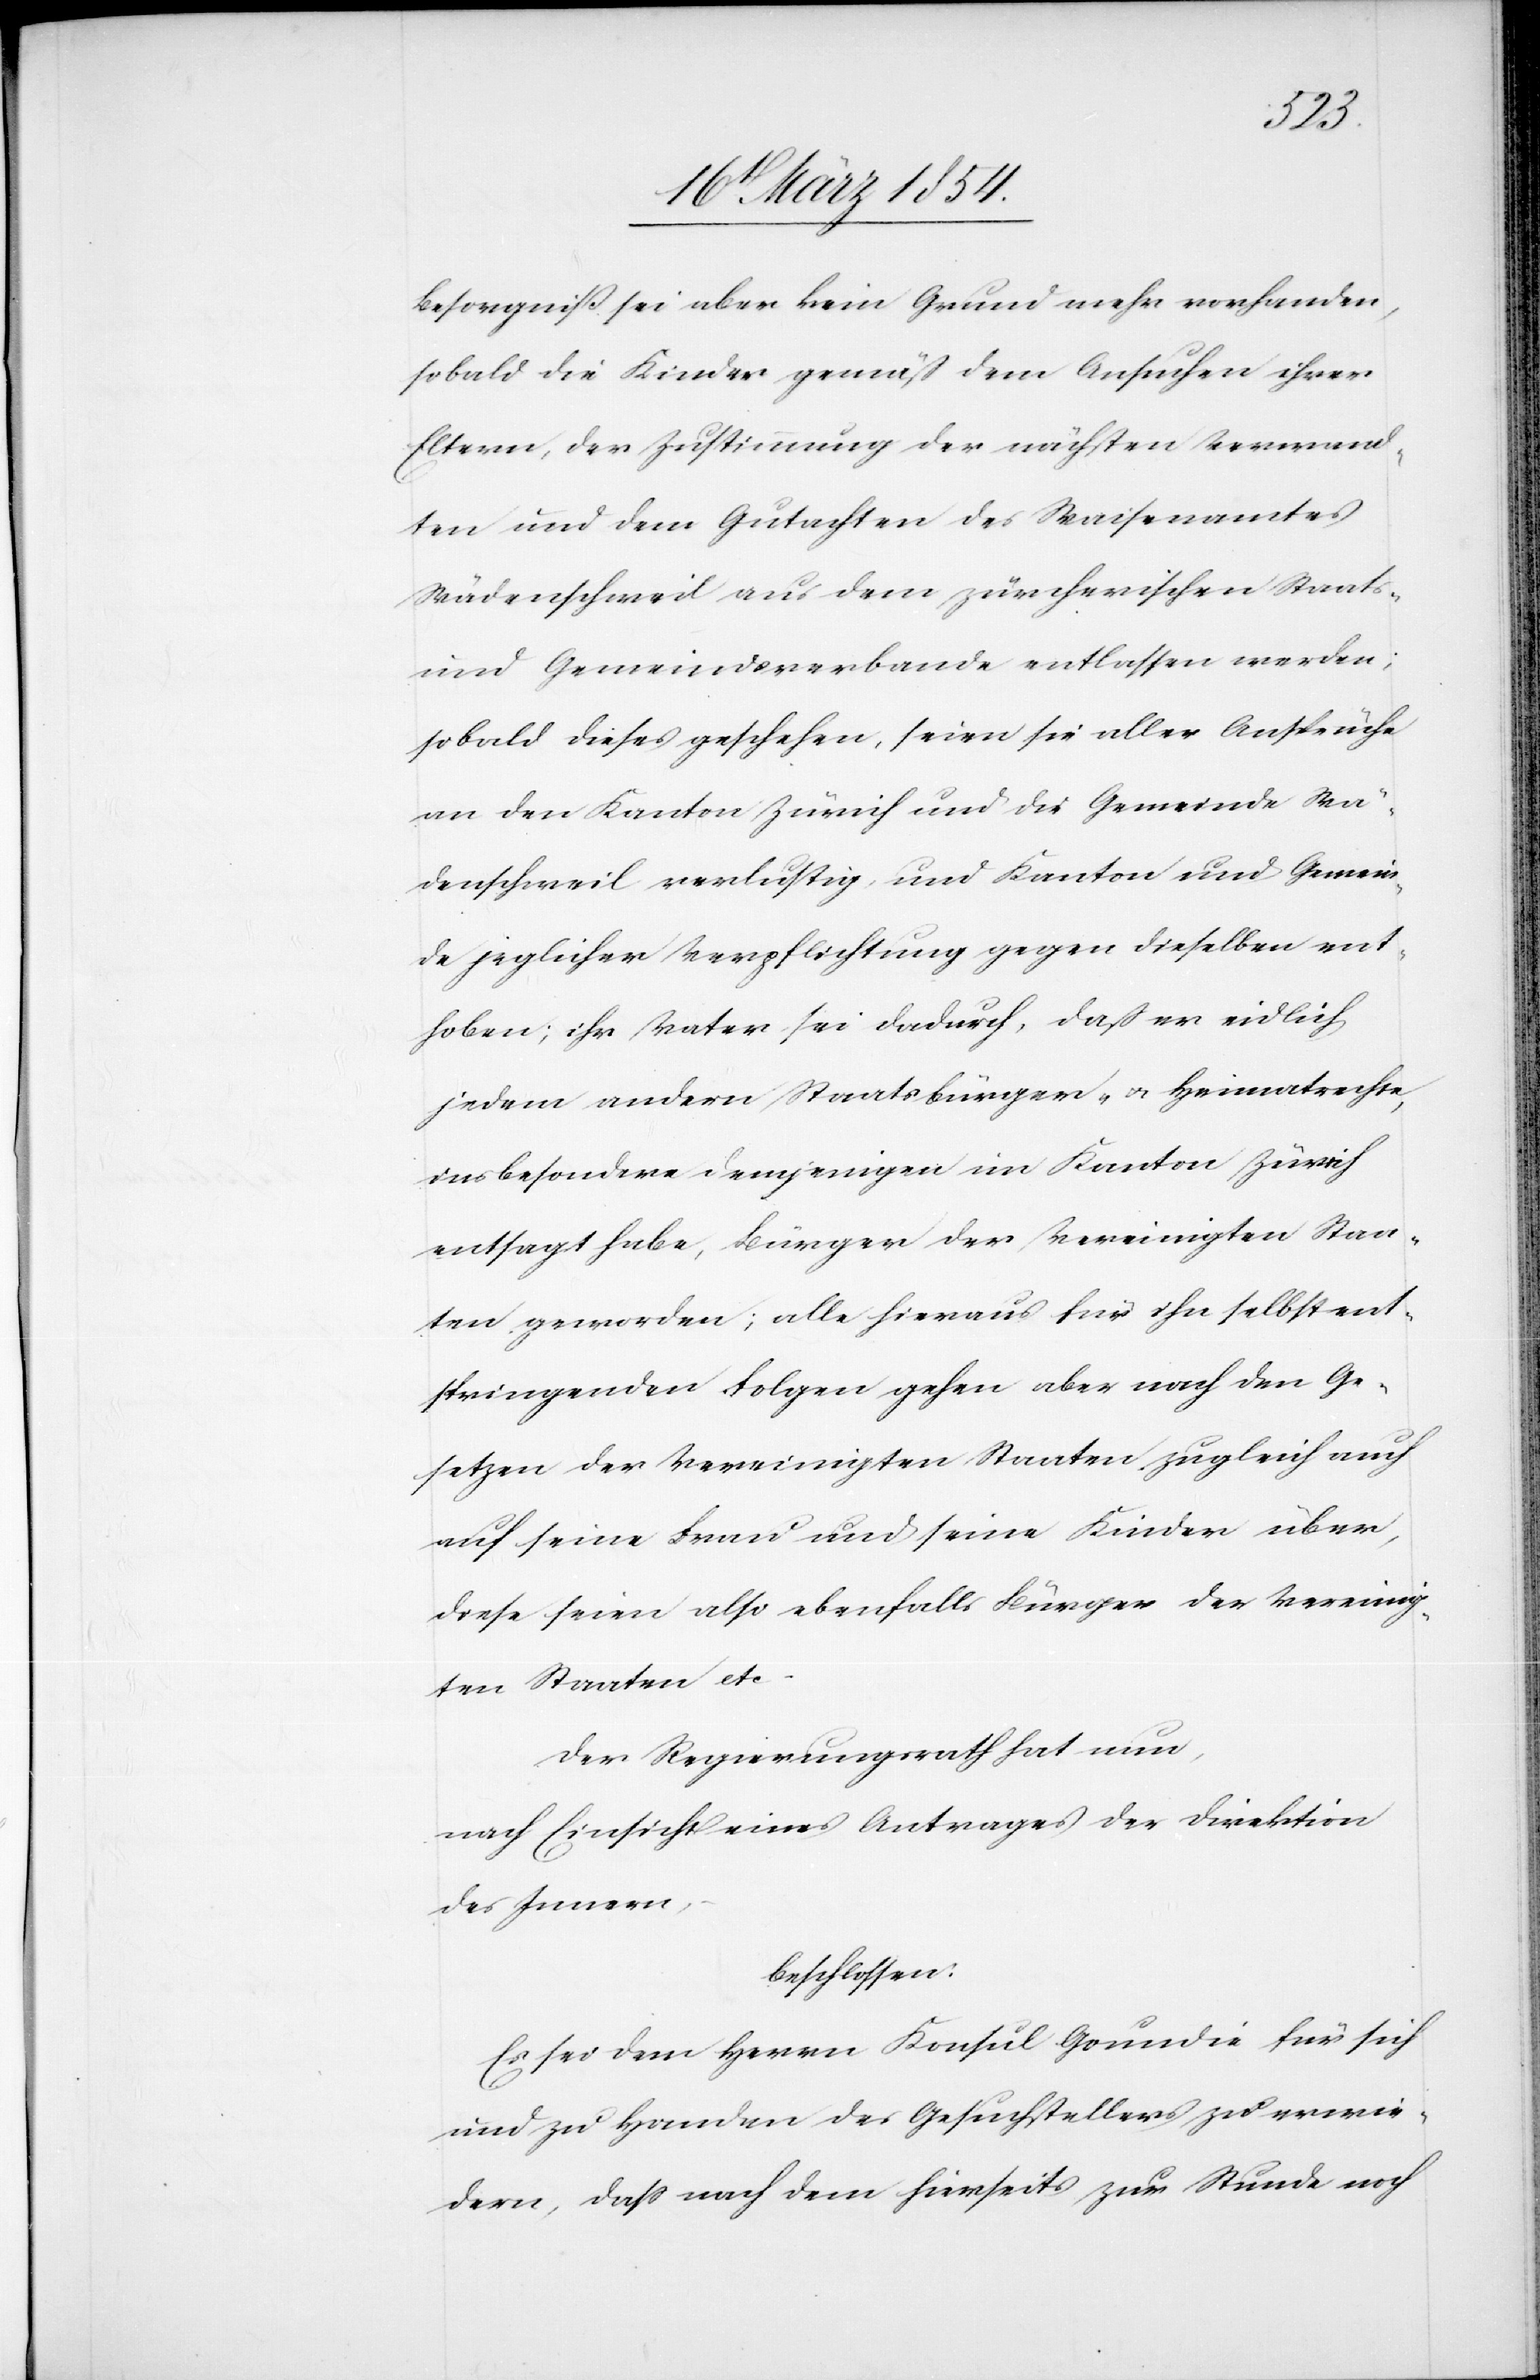
Besorgniß sei aber kein Grund mehr vorhanden,
sobald die Kinder gemäß dem Ansuchen ihrer
Eltern, der Zustimmung der nächsten Verwand¬
ten und dem Gutachten des Waisenamtes
Wädenschweil aus dem zürcherischen Staats-
und Gemeindsverbande entlassen werden;
sobald dieses geschehen, seien sie aller Ansprüche
an den Kanton Zürich und die Gemeinde Wä¬
denschweil verlustig, und Kanton und Gemein¬
de jeglicher Verpflichtung gegen dieselben ent¬
hoben; ihr Vater sei dadurch, daß er eidlich
jedem andern Staatsbürger- u. Heimatrechte,
insbesondere demjenigen im Kanton Zürich
entsagt habe, Bürger der Vereinigten Staa¬
ten geworden; alle hieraus für ihn selbstent¬
springenden Folgen gehen aber nach den Ge¬
setzen der Vereinigten Staaten zugleich auch
auf seine Frau und seine Kinder über,
diese seien also ebenfalls Bürger der Vereinig¬
ten Staaten etc.
Der Regierungsrath hat nun,
nach Einsicht eines Antrages der Direktion
des Innern,
beschlossen:
Es sei dem Herrn Konsul Goundie für sich
und zu Handen des Gesuchstellers zu erwie¬
dern, daß nach dem hierseits zur Stunde noch